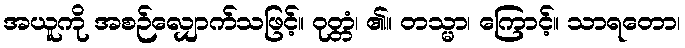
အယူကို အစဉ်လျှောက်သဖြင့်။ ဝုတ္တံ၊ ၏။ တသ္မာ၊ ကြောင့်။ သာရတော၊